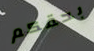
بحقكم